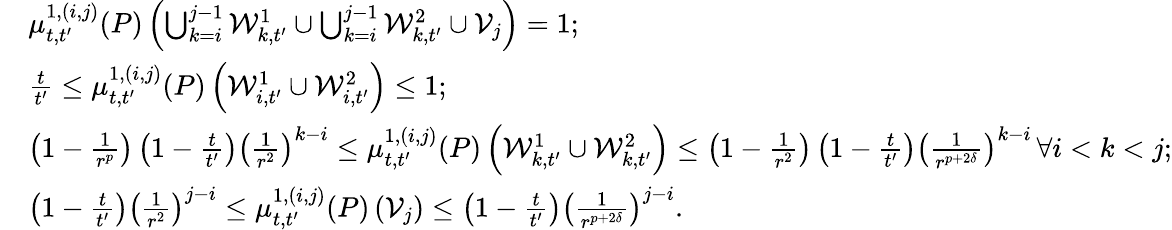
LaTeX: \begin{array}{rl}&{\mu_{t,t^{\prime}}^{1,(i,j)}(P)\left(\bigcup_{k=i}^{j-1}\mathcal{W}_{k,t^{\prime}}^{1}\cup\bigcup_{k=i}^{j-1}\mathcal{W}_{k,t^{\prime}}^{2}\cup\mathcal{V}_{j}\right)=1;}\\ &{\frac{t}{t^{\prime}}\leq\mu_{t,t^{\prime}}^{1,(i,j)}(P)\left(\mathcal{W}_{i,t^{\prime}}^{1}\cup\mathcal{W}_{i,t^{\prime}}^{2}\right)\leq 1;}\\ &{\left(1-\frac{1}{r^{p}}\right)\left(1-\frac{t}{t^{\prime}}\right)\left(\frac{1}{r^{2}}\right)^{k-i}\leq\mu_{t,t^{\prime}}^{1,(i,j)}(P)\left(\mathcal{W}_{k,t^{\prime}}^{1}\cup\mathcal{W}_{k,t^{\prime}}^{2}\right)\leq\left(1-\frac{1}{r^{2}}\right)\left(1-\frac{t}{t^{\prime}}\right)\left(\frac{1}{r^{p+2\delta}}\right)^{k-i}\, \forall i<k<j;}\\ &{\left(1-\frac{t}{t^{\prime}}\right)\left(\frac{1}{r^{2}}\right)^{j-i}\leq\mu_{t,t^{\prime}}^{1,(i,j)}(P)\left(\mathcal{V}_{j}\right)\leq\left(1-\frac{t}{t^{\prime}}\right)\left(\frac{1}{r^{p+2\delta}}\right)^{j-i}.}\end{array}